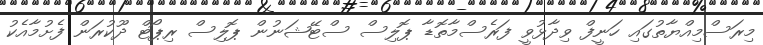
މިރަސްމިއްޔާތުގައި ހަނީފް ވިދާޅުވީ ފަރެސްމާތޮޑާ ޕޮލިސް ސްޓޭޝަނުން ޕޮލިސް ރިޕޯޓް ދޫކުރަން ފެށުމާއެކު